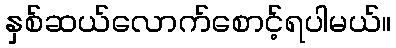
နှစ်ဆယ်လောက်စောင့်ရပါမယ်။